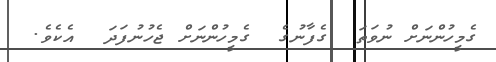
ގެމީހުންނަށް ނުވަތަ  ގެފާނުގެ  ގެމީހުންނަށް ޖެހުނުފަދަ  އެކެވެ.